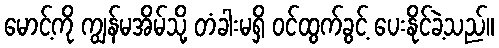
မောင့်ကို ကျွန်မအိမ်သို့ တံခါးမရှိ ဝင်ထွက်ခွင့် ပေးနိုင်ခဲ့သည်။